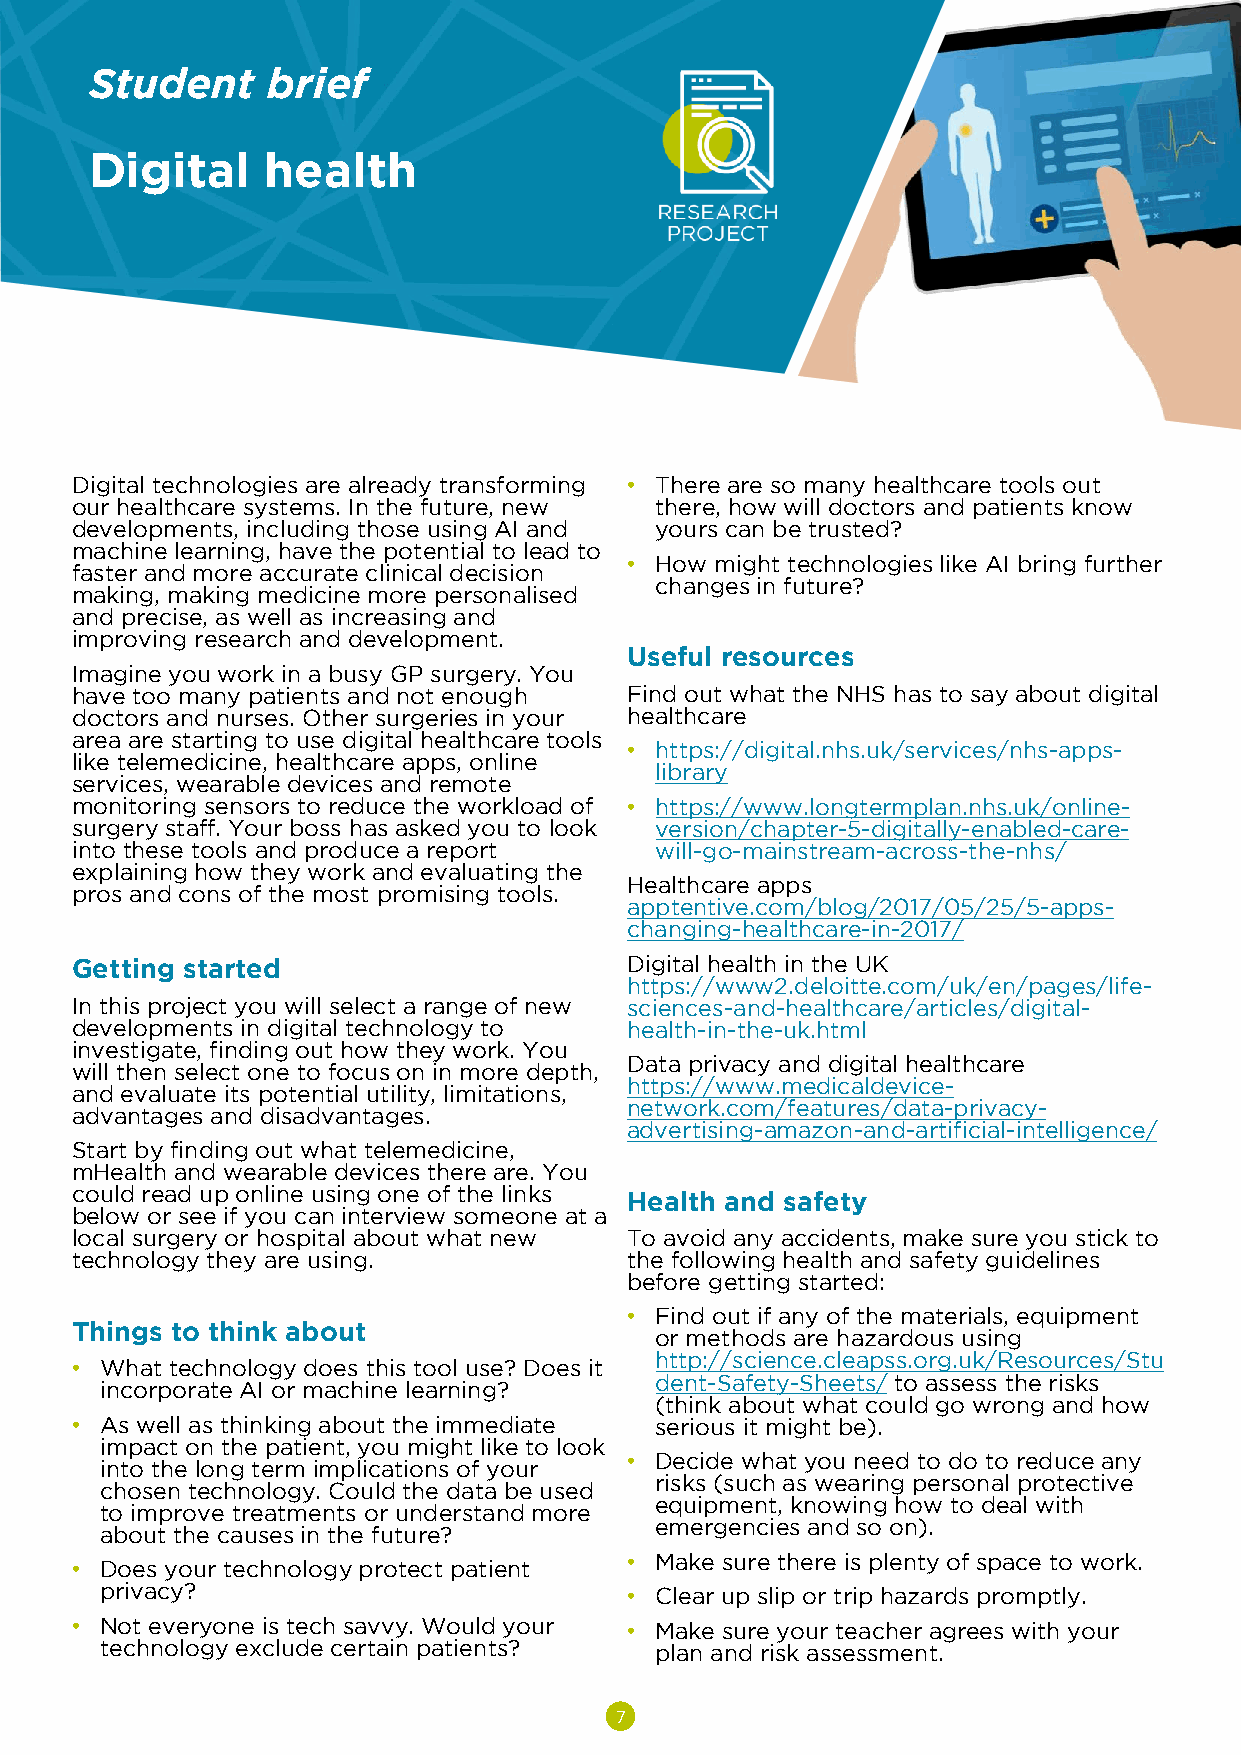
Student     brief
 Digital     health
 Digital technologies are already transforming • There are so many healthcare tools out
 our healthcare systems. In the future, new there, how will doctors and patients know
 developments, including those using AI and yours can be trusted?
 machine learning, have the potential to lead to
 • How might technologies like AI bring further
 faster and more accurate clinical decision
 changes in future?
 making, making medicine more personalised
 and precise, as well as increasing and
 improving research and development.
 Useful resources
 Imagine you work in a busy GP surgery. You
 have too many patients and not enough Find out what the NHS has to say about digital
 doctors and nurses. Other surgeries in your healthcare
 area are starting to use digital healthcare tools
 • https://digital.nhs.uk/services/nhs-apps-
 like telemedicine, healthcare apps, online
 library
 services, wearable devices and remote
 monitoring sensors to reduce the workload of • https://www.longtermplan.nhs.uk/online-
 surgery staff. Your boss has asked you to look version/chapter-5-digitally-enabled-care-
 into these tools and produce a report will-go-mainstream-across-the-nhs/
 explaining how they work and evaluating the
 Healthcare apps
 pros and cons of the most promising tools.
 apptentive.com/blog/2017/05/25/5-apps-
 changing-healthcare-in-2017/
 Getting started                     Digital health in the UK
 https://www2.deloitte.com/uk/en/pages/life-
 In this project you will select a range of new sciences-and-healthcare/articles/digital-
 developments in digital technology to health-in-the-uk.html
 investigate, finding out how they work. You
 Data privacy and digital healthcare
 will then select one to focus on in more depth,
 https://www.medicaldevice-
 and evaluate its potential utility, limitations,
 network.com/features/data-privacy-
 advantages and disadvantages.
 advertising-amazon-and-artificial-intelligence/
 Start by finding out what telemedicine,
 mHealth and wearable devices there are. You
 could read up online using one of the links Health and safety
 below or see if you can interview someone at a
 local surgery or hospital about what new To avoid any accidents, make sure you stick to
 technology they are using.          the following health and safety guidelines
 before getting started:
 • Find out if any of the materials, equipment
 Things to think about
 or methods are hazardous using
 http://science.cleapss.org.uk/Resources/Stu
 • What technology does this tool use? Does it
 dent-Safety-Sheets/to assess the risks
 incorporate AI or machine learning?
 (think about what could go wrong and how
 • As well as thinking about the immediate serious it might be).
 impact on the patient, you might like to look
 • Decide what you need to do to reduce any
 into the long term implications of your
 risks (such as wearing personal protective
 chosen technology. Could the data be used
 equipment, knowing how to deal with
 to improve treatments or understand more
 emergencies and so on).
 about the causes in the future?
 • Make sure there is plenty of space to work.
 • Does your technology protect patient
 privacy?                          • Clear up slip or trip hazards promptly.
 • Not everyone is tech savvy. Would your • Make sure your teacher agrees with your
 technology exclude certain patients? plan and risk assessment.
 7